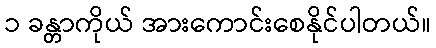
၁ ခန္တာကိုယ် အားကောင်းစေနိုင်ပါတယ်။